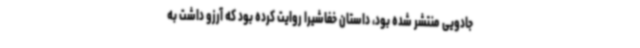
جادویی منتشر شده بود، داستان خفاشیرا روایت کرده بود که آرزو داشت به